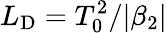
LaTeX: L_{\mathrm{D}}=T_{\mathrm{0}}^{\mathrm{2}}/|\beta_{\mathrm{2}}|